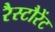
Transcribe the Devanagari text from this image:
रैस्टौरेंट